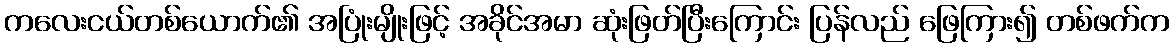
ကလေးငယ်တစ်ယောက်၏ အပြုံးမျိုးဖြင့် အခိုင်အမာ ဆုံးဖြတ်ပြီးကြောင်း ပြန်လည် ဖြေကြား၍ တစ်ဖက်က